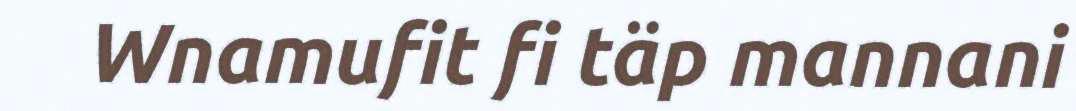
Wnamufit fi täp mannani